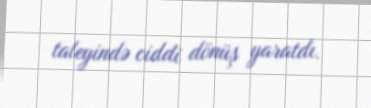
taleyində ciddi dönüş yaratdı.